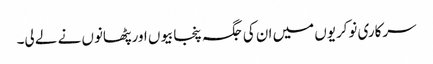
سرکاری نوکریوں میں ان کی جگہ پنجابیوں اور پٹھانوں نے لے لی۔